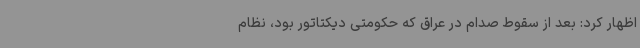
اظهار کرد: بعد از سقوط صدام در عراق که حکومتی دیکتاتور بود، نظام